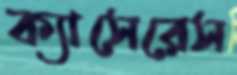
ক্যাসেরেস